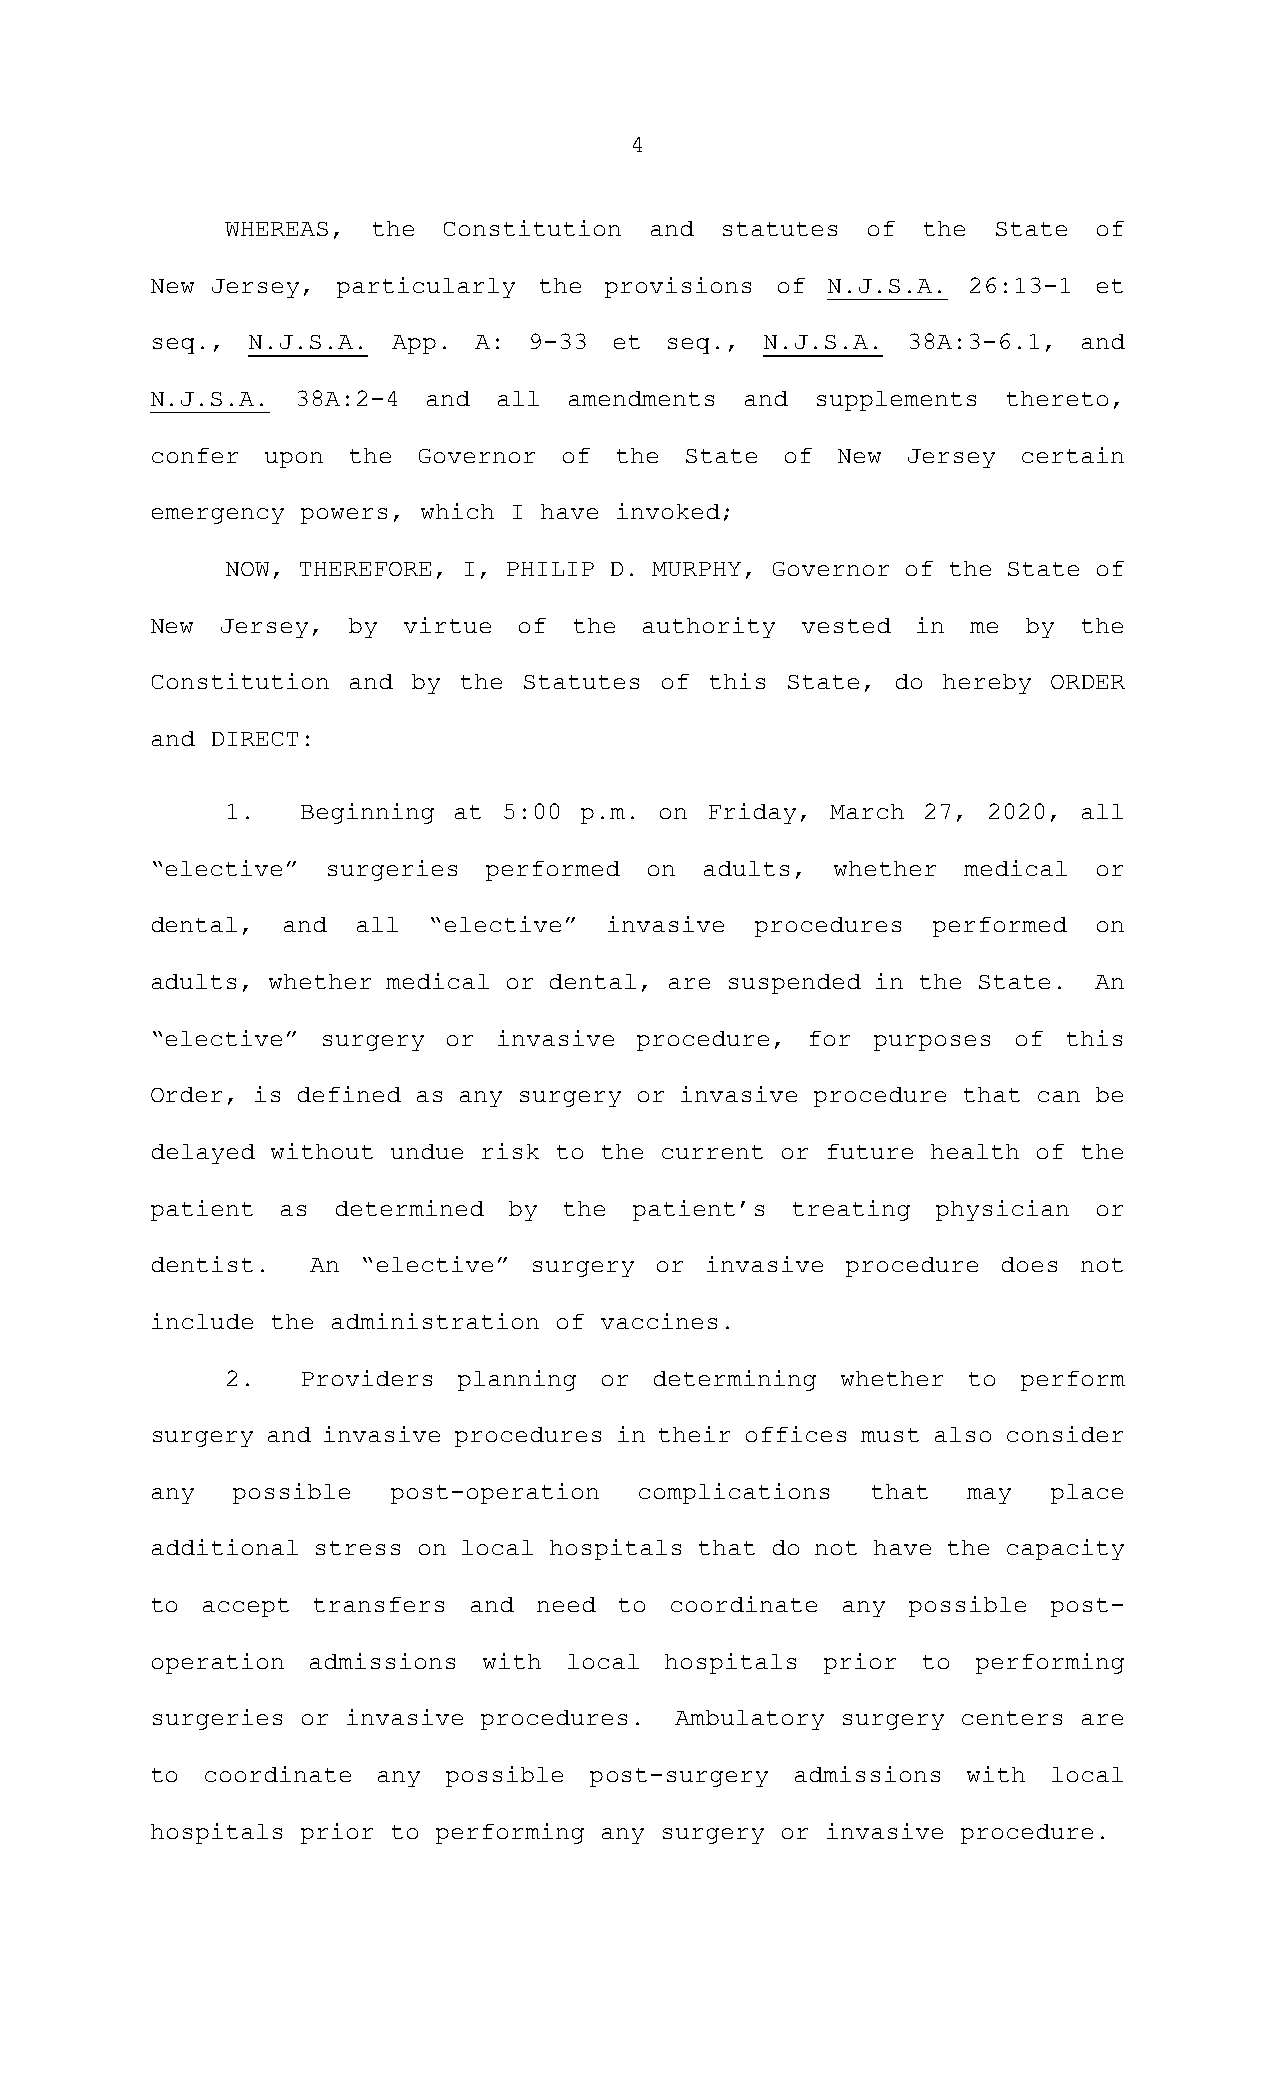
4
 WHEREAS,  the Constitution  and  statutes of  the  State of
 New Jersey, particularly  the provisions of  N.J.S.A. 26:13-1 et
 seq., N.J.S.A.  App. A:  9-33 et  seq.,  N.J.S.A. 38A:3-6.1, and
 N.J.S.A.  38A:2-4 and  all  amendments and  supplements  thereto,
 confer upon  the  Governor of  the State  of New  Jersey  certain
 emergency powers, which I have invoked;
 NOW, THEREFORE, I, PHILIP D. MURPHY, Governor of the State of
 New  Jersey, by  virtue of  the  authority vested  in me  by the
 Constitution and by the  Statutes of this State, do hereby  ORDER
 and DIRECT:
 1.   Beginning at 5:00 p.m.  on Friday, March 27, 2020, all
 “elective”  surgeries performed  on  adults, whether  medical or
 dental,  and  all “elective”  invasive  procedures  performed on
 adults, whether medical or dental, are suspended in the State. An
 “elective” surgery  or invasive procedure, for  purposes of  this
 Order, is defined as any surgery or invasive procedure that can be
 delayed without undue risk to the current or future health of the
 patient as  determined  by the  patient’s treating  physician or
 dentist.   An “elective” surgery or  invasive procedure does not
 include the administration of vaccines.
 2.   Providers planning  or determining  whether to  perform
 surgery and invasive procedures in their offices must also consider
 any  possible   post-operation  complications   that  may   place
 additional stress on local hospitals that do not have the capacity
 to accept  transfers and  need to coordinate  any possible post-
 operation admissions  with local  hospitals prior  to  performing
 surgeries or invasive procedures.  Ambulatory surgery centers are
 to coordinate  any  possible post-surgery admissions  with  local
 hospitals prior to performing any surgery or invasive procedure.